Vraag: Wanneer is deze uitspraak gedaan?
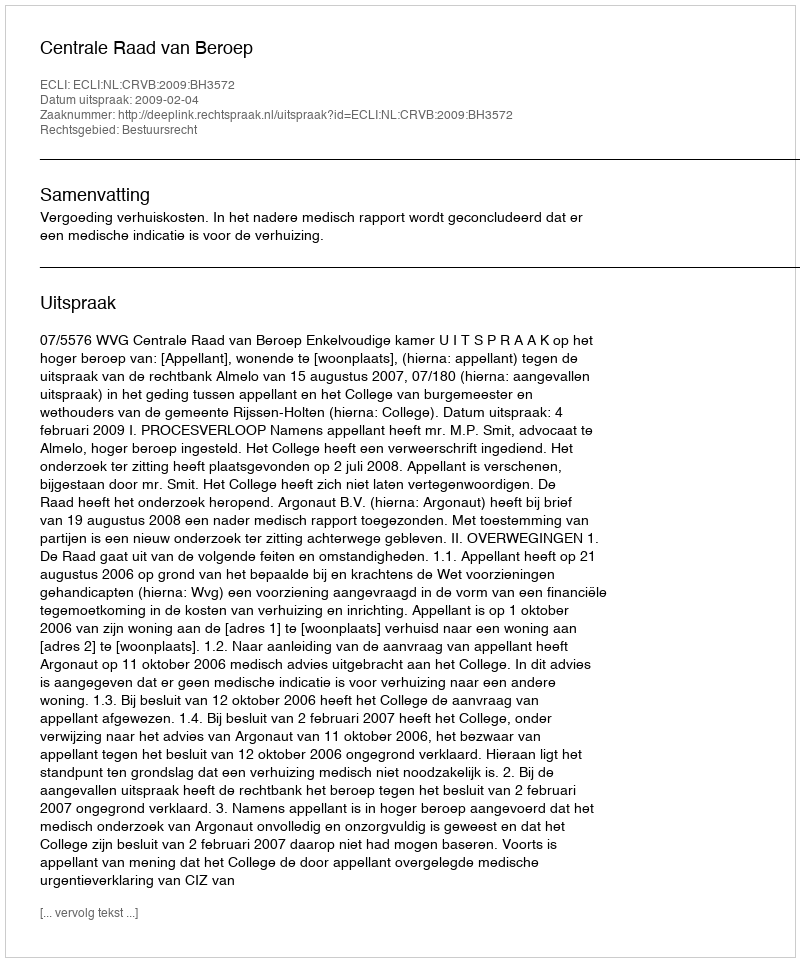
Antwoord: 2009-02-04